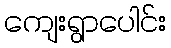
ကျေးရွာပေါင်း